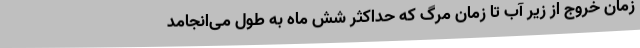
زمان خروج از زیر آب تا زمان مرگ که حداکثر شش ماه به طول می‌انجامد